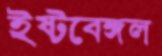
ইষ্টবেঙ্গল